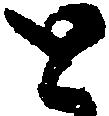
と